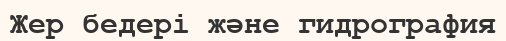
Жер бедері және гидрография